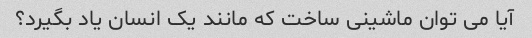
آیا می توان ماشینی ساخت که مانند یک انسان یاد بگیرد؟